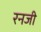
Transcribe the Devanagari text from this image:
रनजी